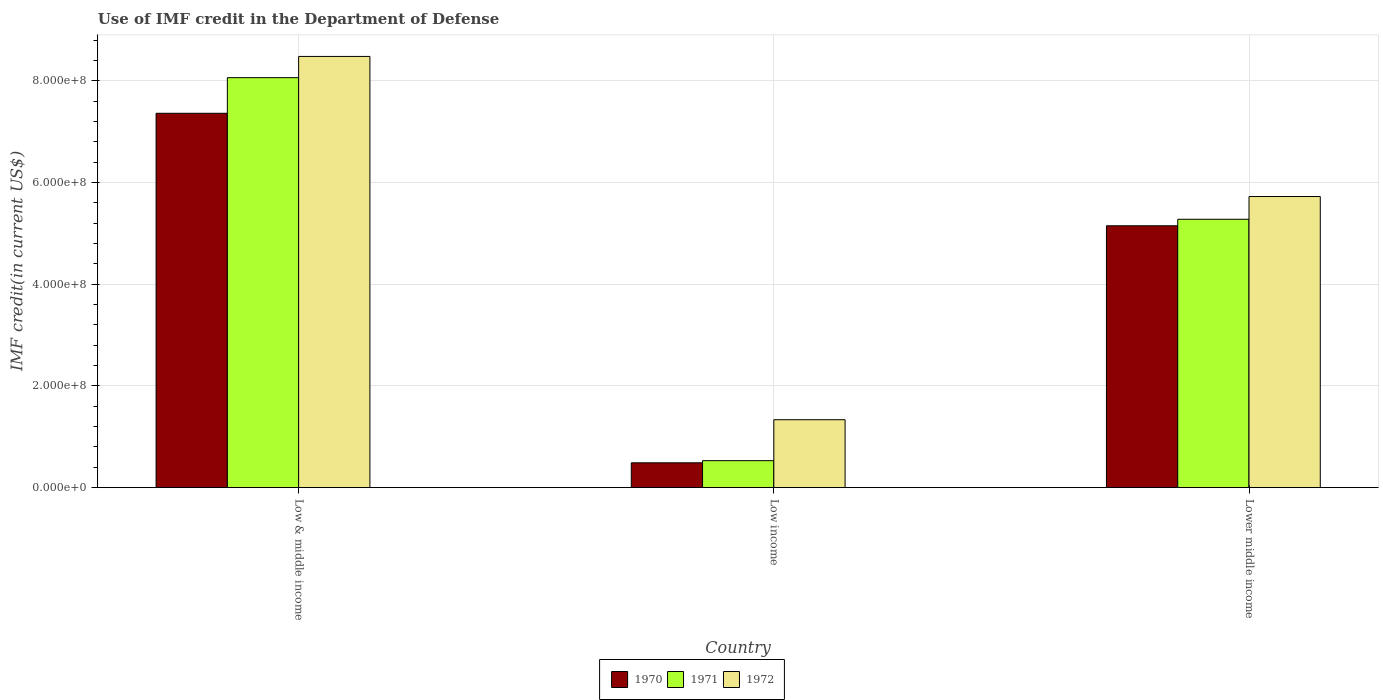
| Country | 1970 | 1971 | 1972 |
 | --- | --- | --- | --- |
 | Low & middle income | 7.36e+08 | 8.06e+08 | 8.48e+08 |
 | Low income | 4.88e+07 | 5.3e+07 | 1.34e+08 |
 | Lower middle income | 5.15e+08 | 5.28e+08 | 5.73e+08 |